Insane asylums in Bengal annual reports 1867-1875 - 1867-1875
Year: 1867
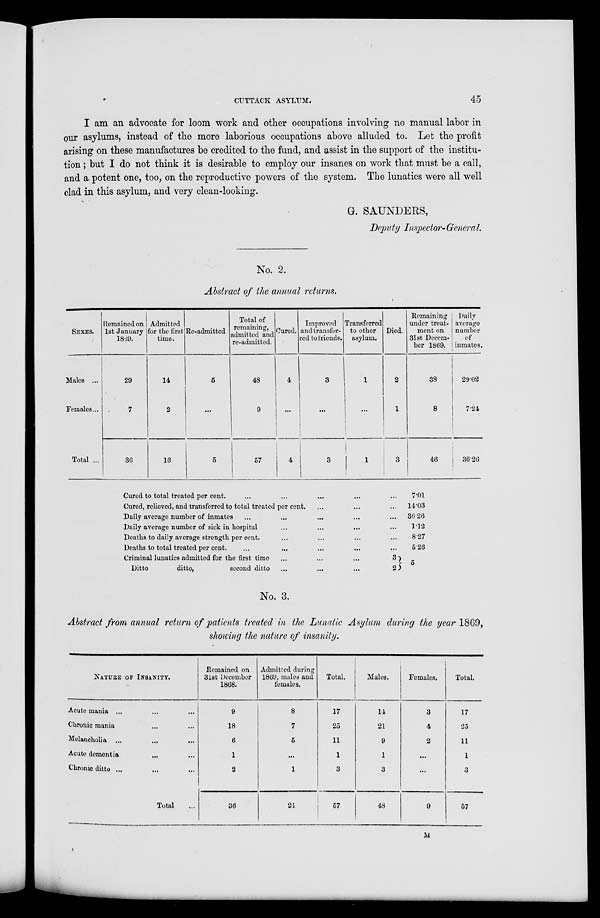
CUTTACK ASYLUM.
45
I am an advocate for loom work and other occupations involving no manual labor in
our asylums, instead of the more laborious occupations above alluded to. Let the profit
arising on these manufactures be credited to the fund, and assist in the support of the institu-
tion ; but I do not think it is desirable to employ our insanes on work that must be a call,
and a potent one, too, on the reproductive powers of the system. The lunatics were all well
clad in this asylum, and very clean-looking.
G. SAUNDERS,
Deputy Inspector-General.
No. 2.
Abstract of the annual returns.
SEXES.
Males ...
Females...
Total ...
Remained on
1st January
1869.
29
7
36
Admitted
for the first
time.
14
2
16
Re-admitted
5
...
5
Total of
remaining,
admitted and
re-admitted.
48
9
57
Cured.
4
...
4
Improved
and transfer-
red to friends.
3
...
3
Transferred
to other
asylum.
1
...
1
Died.
2
1
3
Remaining
under treat-
ment on
31st Decem-
ber 1869.
38
8
46
Daily
average
number
of
inmates.
29.02
7.24
36.26
Cured to total treated per cent. ... ... ... ...
Cured, relieved, and transferred to total treated per cent. ... ...
Daily average number of inmates ... ... ... ...
Daily average number of sick in hospital ... ... ...
Deaths to daily average strength per cent. ... ... ...
Deaths to total treated per cent. ... ... ... ...
Criminal lunatics admitted for the first time ... ... ...
Ditto
ditto,
second ditto ... ... ...
...
...
...
...
...
...
3
2
7.01
14.03
36.26
1.12
8.27
5.26
5
No. 3.
Abstract from annual return of patients treated in the Lunatic Asylum during the year 1869,
showing the nature of insanity.
NATURE OF INSANITY.
Acute mania ... ... ...
Chronic mania ... ...
Melancholia ... ... ...
Acute dementia ... ...
Chronic ditto ... ... ...
Total ...
Remained on
31st December
1868.
9
18
6
1
2
36
Admitted during
1869, males and
females.
8
7
5
...
1
21
Total.
17
25
11
1
3
57
Males.
14
21
9
1
3
48
Females.
3
4
2
...
...
9
Total.
17
25
11
1
3
57
M